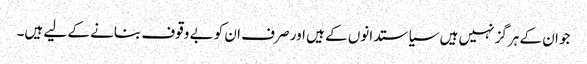
جو ان کے ہرگز نہیں ہیں سیاستدانوں کے ہیں اور صرف ان کو بے وقوف بنانے کے لیے ہیں۔